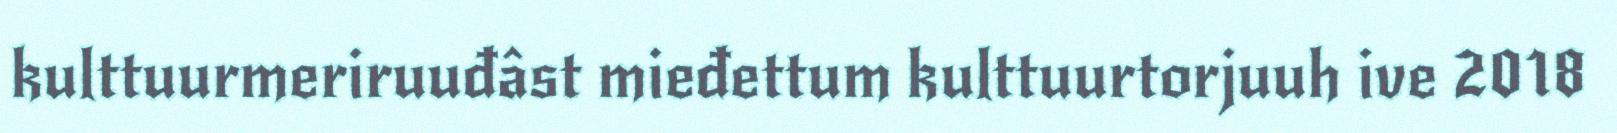
kulttuurmeriruuđâst mieđettum kulttuurtorjuuh ive 2018